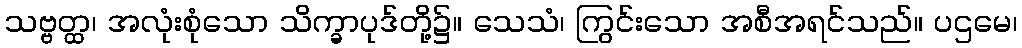
သဗ္ဗတ္ထ၊ အလုံးစုံသော သိက္ခာပုဒ်တို့၌။ သေသံ၊ ကြွင်းသော အစီအရင်သည်။ ပဌမေ၊